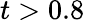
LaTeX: t>0.8